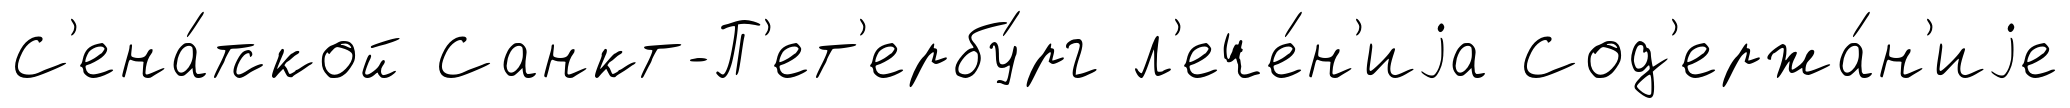
С'ена́тской Санкт-П'ет'ербу́рг л'ече́н'иjа Сод'ержа́н'иjе